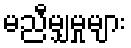
မညီမျှမှုများ